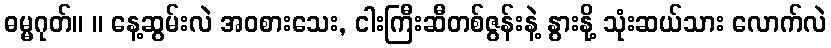
ဓမ္မဂုတ်။ ။ နေ့ဆွမ်းလဲ အဝစားသေး, ငါးကြီးဆီတစ်ဇွန်းနဲ့ နွားနို့ သုံးဆယ်သား လောက်လဲ